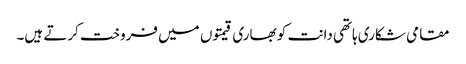
مقامی شکاری ہاتھی دانت کو بھاری قیمتوں میں فروخت کرتے ہیں۔